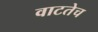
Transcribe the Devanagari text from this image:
वाटतेच